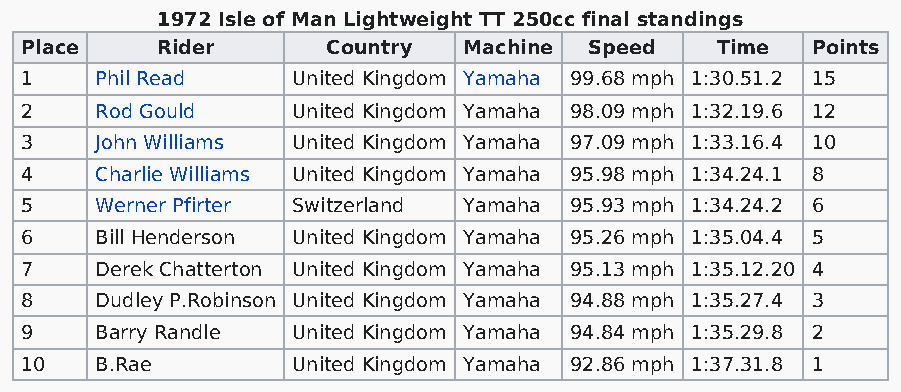
1972 Isle of Man Lightweight TT 250cc final standings
 Place    Rider       Country  Machine Speed   Time   Points
 1    Phil Read    United Kingdom Yamaha 99.68 mph 1:30.51.2 15
 2    Rod Gould    United Kingdom Yamaha 98.09 mph 1:32.19.6 12
 3    John Williams United Kingdom Yamaha 97.09 mph 1:33.16.4 10
 4    Charlie Williams United Kingdom Yamaha 95.98 mph 1:34.24.1 8
 5    Werner Pfirter Switzerland Yamaha 95.93 mph 1:34.24.2 6
 6    Bill Henderson United Kingdom Yamaha 95.26 mph 1:35.04.4 5
 7    Derek Chatterton United Kingdom Yamaha 95.13 mph 1:35.12.20 4
 8    Dudley P.Robinson United Kingdom Yamaha 94.88 mph 1:35.27.4 3
 9    Barry Randle United Kingdom Yamaha 94.84 mph 1:35.29.8 2
 10   B.Rae        United Kingdom Yamaha 92.86 mph 1:37.31.8 1